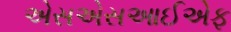
એસએસઆઈએફ